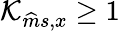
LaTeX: \mathcal{K}_{\widehat{m}s,x}\geq 1